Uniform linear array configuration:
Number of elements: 64
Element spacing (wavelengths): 1
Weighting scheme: binomial
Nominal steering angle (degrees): -45
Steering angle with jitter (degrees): -46.817
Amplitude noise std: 0.05
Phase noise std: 0.05

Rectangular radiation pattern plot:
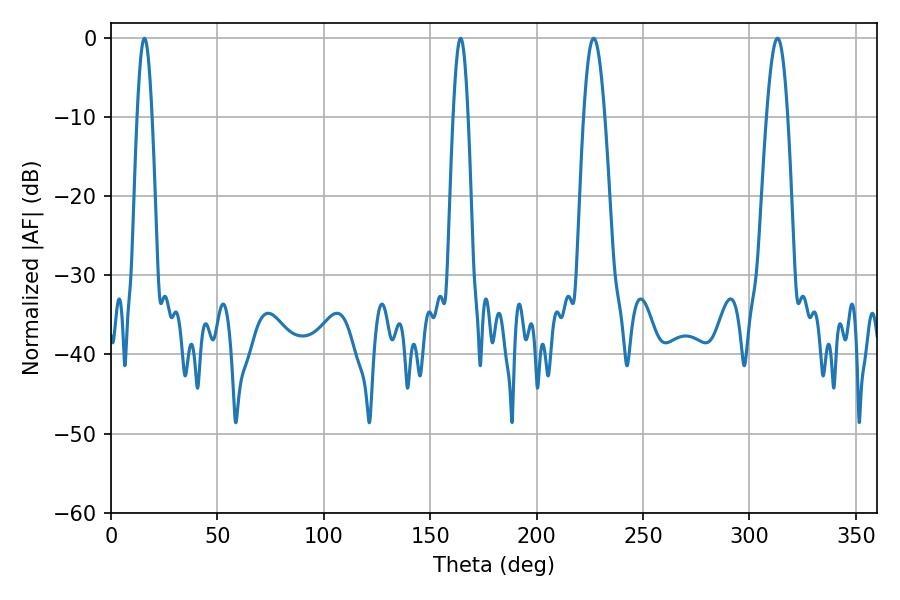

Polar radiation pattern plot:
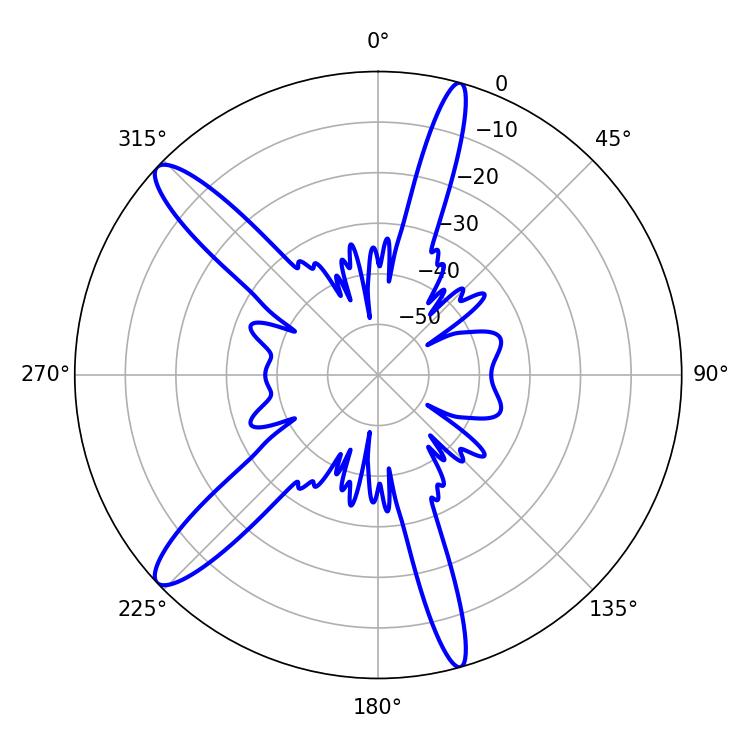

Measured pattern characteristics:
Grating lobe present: TRUE
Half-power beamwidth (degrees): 5.22
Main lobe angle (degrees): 226.8